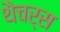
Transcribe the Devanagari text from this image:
थैचर्स